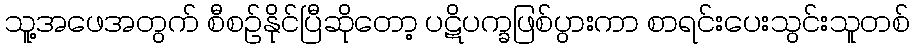
သူ့အဖေအတွက် စီစဉ်နိုင်ပြီဆိုတော့ ပဋိပက္ခဖြစ်ပွားကာ စာရင်းပေးသွင်းသူတစ်